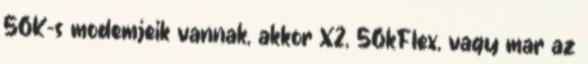
56K-s modemjeik vannak, akkor X2, 56kFlex, vagy mar az